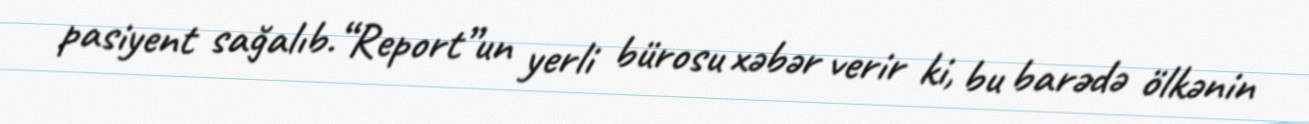
pasiyent sağalıb.“Report”un yerli bürosu xəbər verir ki, bu barədə ölkənin